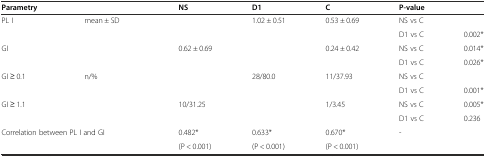
<table><thead><tr><td colspan="2"><b>Parametry</b></td><td><b>NS</b></td><td><b>D1</b></td><td><b>C</b></td><td colspan="2"><b>P-value</b></td></tr></thead><tbody><tr><td rowspan="2">PL I</td><td rowspan="4">mean ± SD</td><td rowspan="2">[EMPTY_CELL]</td><td rowspan="2">1.02 ± 0.51</td><td rowspan="2">0.53 ± 0.69</td><td>NS vs C</td><td>[EMPTY_CELL]</td></tr><tr><td>D1 vs C</td><td>0.002*</td></tr><tr><td rowspan="2">GI</td><td rowspan="2">0.62 ± 0.69</td><td rowspan="2">[EMPTY_CELL]</td><td rowspan="2">0.24 ± 0.42</td><td>NS vs C</td><td>0.014*</td></tr><tr><td>D1 vs C</td><td>0.026*</td></tr><tr><td rowspan="2">GI ≥ 0.1</td><td rowspan="4">n/%</td><td rowspan="2">[EMPTY_CELL]</td><td rowspan="2">28/80.0</td><td rowspan="2">11/37.93</td><td>NS vs C</td><td>[EMPTY_CELL]</td></tr><tr><td>D1 vs C</td><td>0.001*</td></tr><tr><td rowspan="2">GI ≥ 1.1</td><td rowspan="2">10/31.25</td><td rowspan="2">[EMPTY_CELL]</td><td rowspan="2">1/3.45</td><td>NS vs C</td><td>0.005*</td></tr><tr><td>D1 vs C</td><td>0.236</td></tr><tr><td colspan="2" rowspan="2">Correlation between PL I and GI</td><td>0.482*</td><td>0.633*</td><td>0.670*</td><td colspan="2" rowspan="2">-</td></tr><tr><td>(P &lt; 0.001)</td><td>(P &lt; 0.001)</td><td>(P &lt; 0.001)</td></tr></tbody></table>